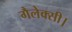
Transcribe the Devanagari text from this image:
गैलेक्सी।